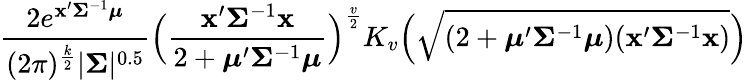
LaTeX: {\frac{2e^{\mathbf{x}^{\prime}{\boldsymbol{\Sigma}}^{-1}{\boldsymbol{\mu}}}}{(2\pi)^{\frac{k}{2}}|{\boldsymbol{\Sigma}}|^{0.5}}}{\Big(}{\frac{\mathbf{x}^{\prime}{\boldsymbol{\Sigma}}^{-1}\mathbf{x}}{2+{\boldsymbol{\mu}}^{\prime}{\boldsymbol{\Sigma}}^{-1}{\boldsymbol{\mu}}}}{\Big)}^{\frac{v}{2}}K_{v}{\Big(}{\sqrt{(2+{\boldsymbol{\mu}}^{\prime}{\boldsymbol{\Sigma}}^{-1}{\boldsymbol{\mu}})(\mathbf{x}^{\prime}{\boldsymbol{\Sigma}}^{-1}\mathbf{x})}}{\Big)}